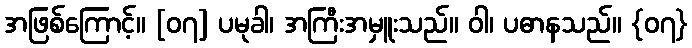
အဖြစ်ကြောင့်။ [၀၇] ပမုခါ၊ အကြီးအမှူးသည်။ ဝါ၊ ပဓာနသည်။ {၀၇}